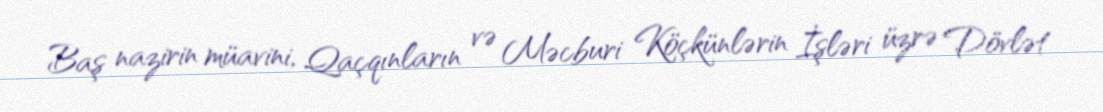
Baş nazirin müavini, Qaçqınların və Məcburi Köçkünlərin İşləri üzrə Dövlət